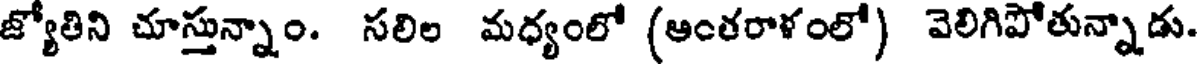
జ్యోతిని చూస్తున్నాం. సలిల మధ్యంలో (ఆంతరాళంలో) వెలిగిపోతున్నాడు.